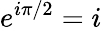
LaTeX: e^{i\pi/2}=i